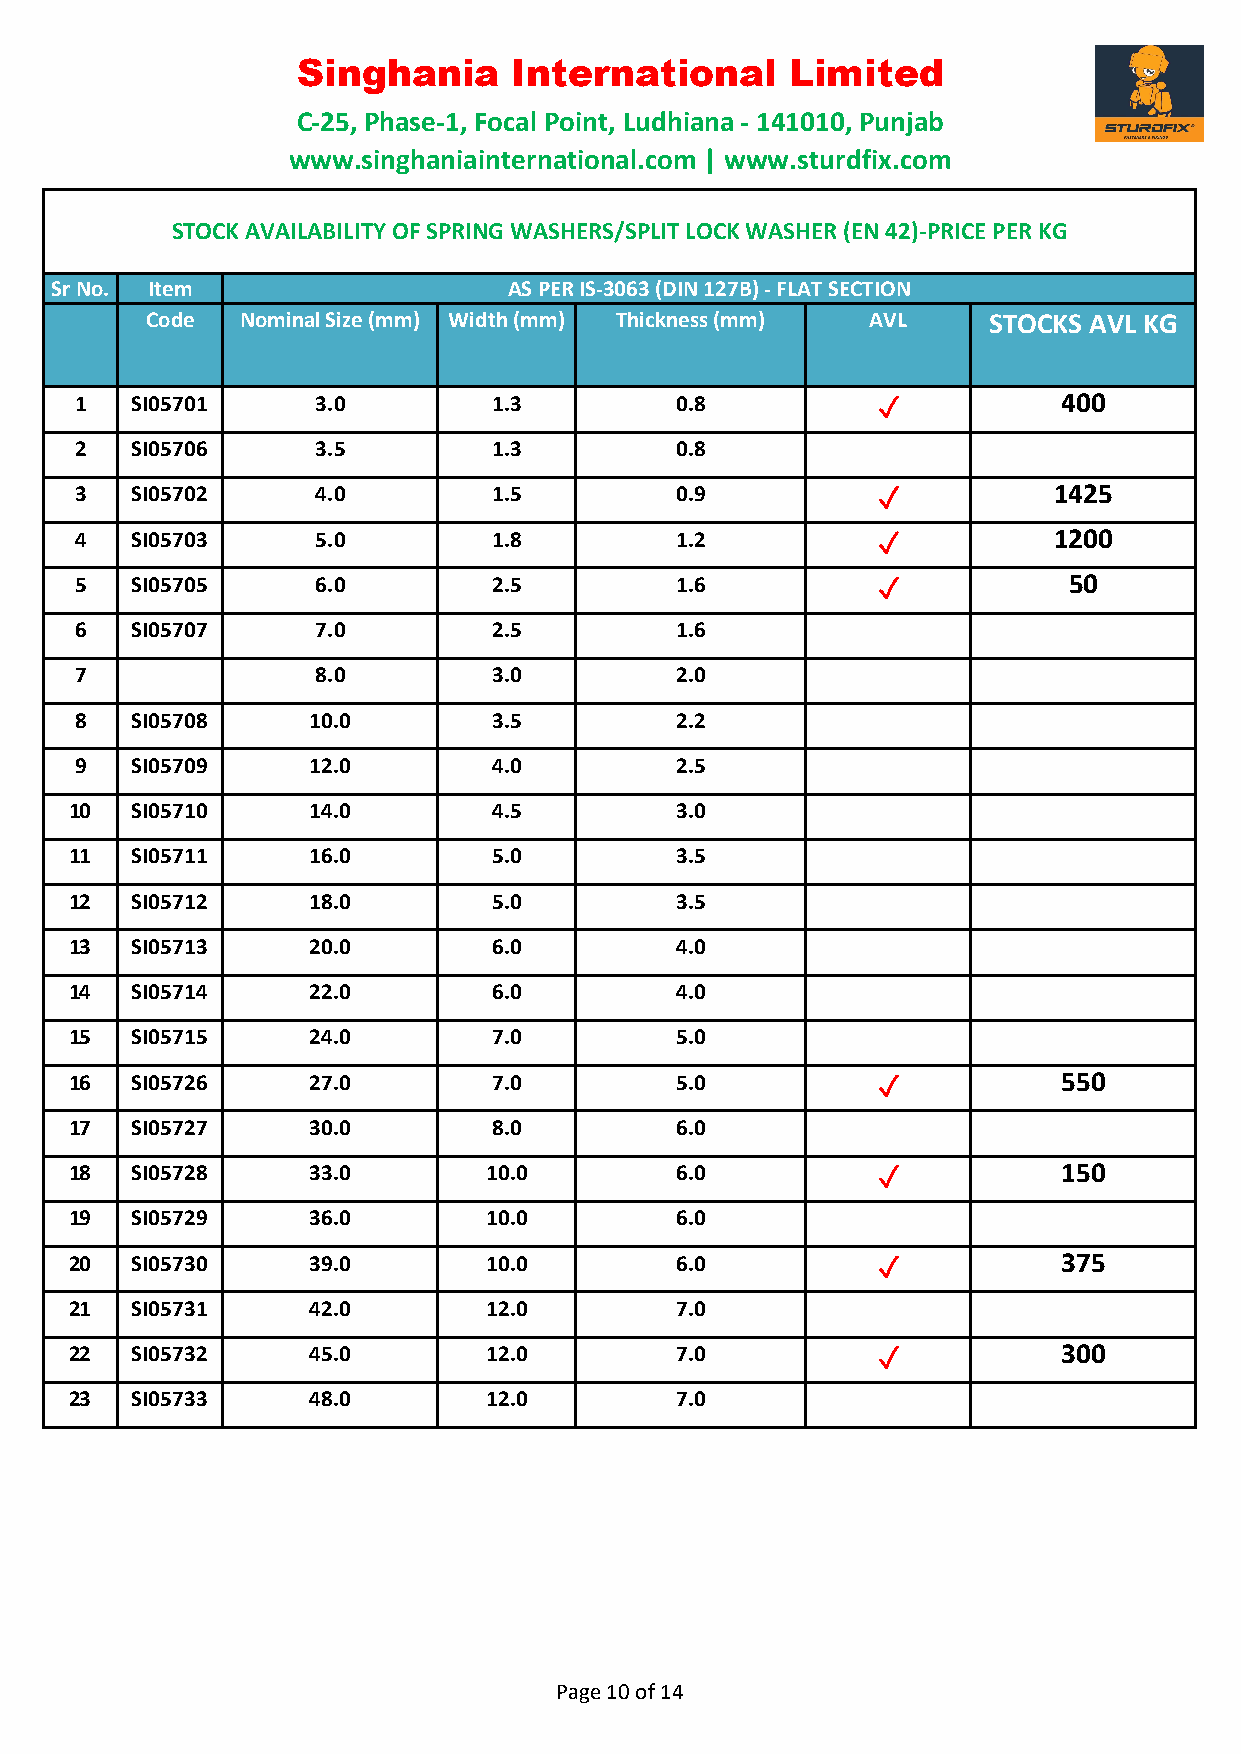
Singhania     International     Limited
 C-25, Phase-1, Focal Point, Ludhiana - 141010, Punjab
 www.singhaniainternational.com | www.sturdfix.com
 STOCK AVAILABILITY OF SPRING WASHERS/SPLIT LOCK WASHER (EN 42)-PRICE PER KG
 Sr No. Item                    AS PER IS-3063 (DIN 127B) - FLAT SECTION
 Code  Nominal Size (mm) Width (mm) Thickness (mm) AVL  STOCKS AVL KG
 1   SI05701     3.0         1.3         0.8          ✓           400
 2   SI05706     3.5         1.3         0.8
 3   SI05702     4.0         1.5         0.9          ✓           1425
 4   SI05703     5.0         1.8         1.2          ✓           1200
 5   SI05705     6.0         2.5         1.6          ✓            50
 6   SI05707     7.0         2.5         1.6
 7               8.0         3.0         2.0
 8   SI05708    10.0         3.5         2.2
 9   SI05709    12.0         4.0         2.5
 10  SI05710    14.0         4.5         3.0
 11  SI05711    16.0         5.0         3.5
 12  SI05712    18.0         5.0         3.5
 13  SI05713    20.0         6.0         4.0
 14  SI05714    22.0         6.0         4.0
 15  SI05715    24.0         7.0         5.0
 16  SI05726    27.0         7.0         5.0          ✓           550
 17  SI05727    30.0         8.0         6.0
 18  SI05728    33.0        10.0         6.0          ✓           150
 19  SI05729    36.0        10.0         6.0
 20  SI05730    39.0        10.0         6.0          ✓           375
 21  SI05731    42.0        12.0         7.0
 22  SI05732    45.0        12.0         7.0          ✓           300
 23  SI05733    48.0        12.0         7.0
 Page 10 of 14